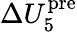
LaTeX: \Delta U_{5}^{\mathrm{pre}}